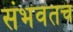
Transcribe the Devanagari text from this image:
संभवतच